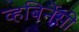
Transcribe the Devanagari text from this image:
व्हबिर्नेसी